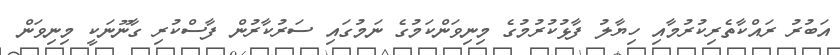
އަބުރު ރައްކާތެރިކުރުމާއި ހިޔާލު ފާޅުކުރުމުގެ މިނިވަންކަމުގެ ނަމުގައި ސަރުކާރުން ފާސްކުރި ގާނޫނަކީ މިނިވަން